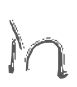
Text: in
Cross-out: clean
Writing tool: digital_gray